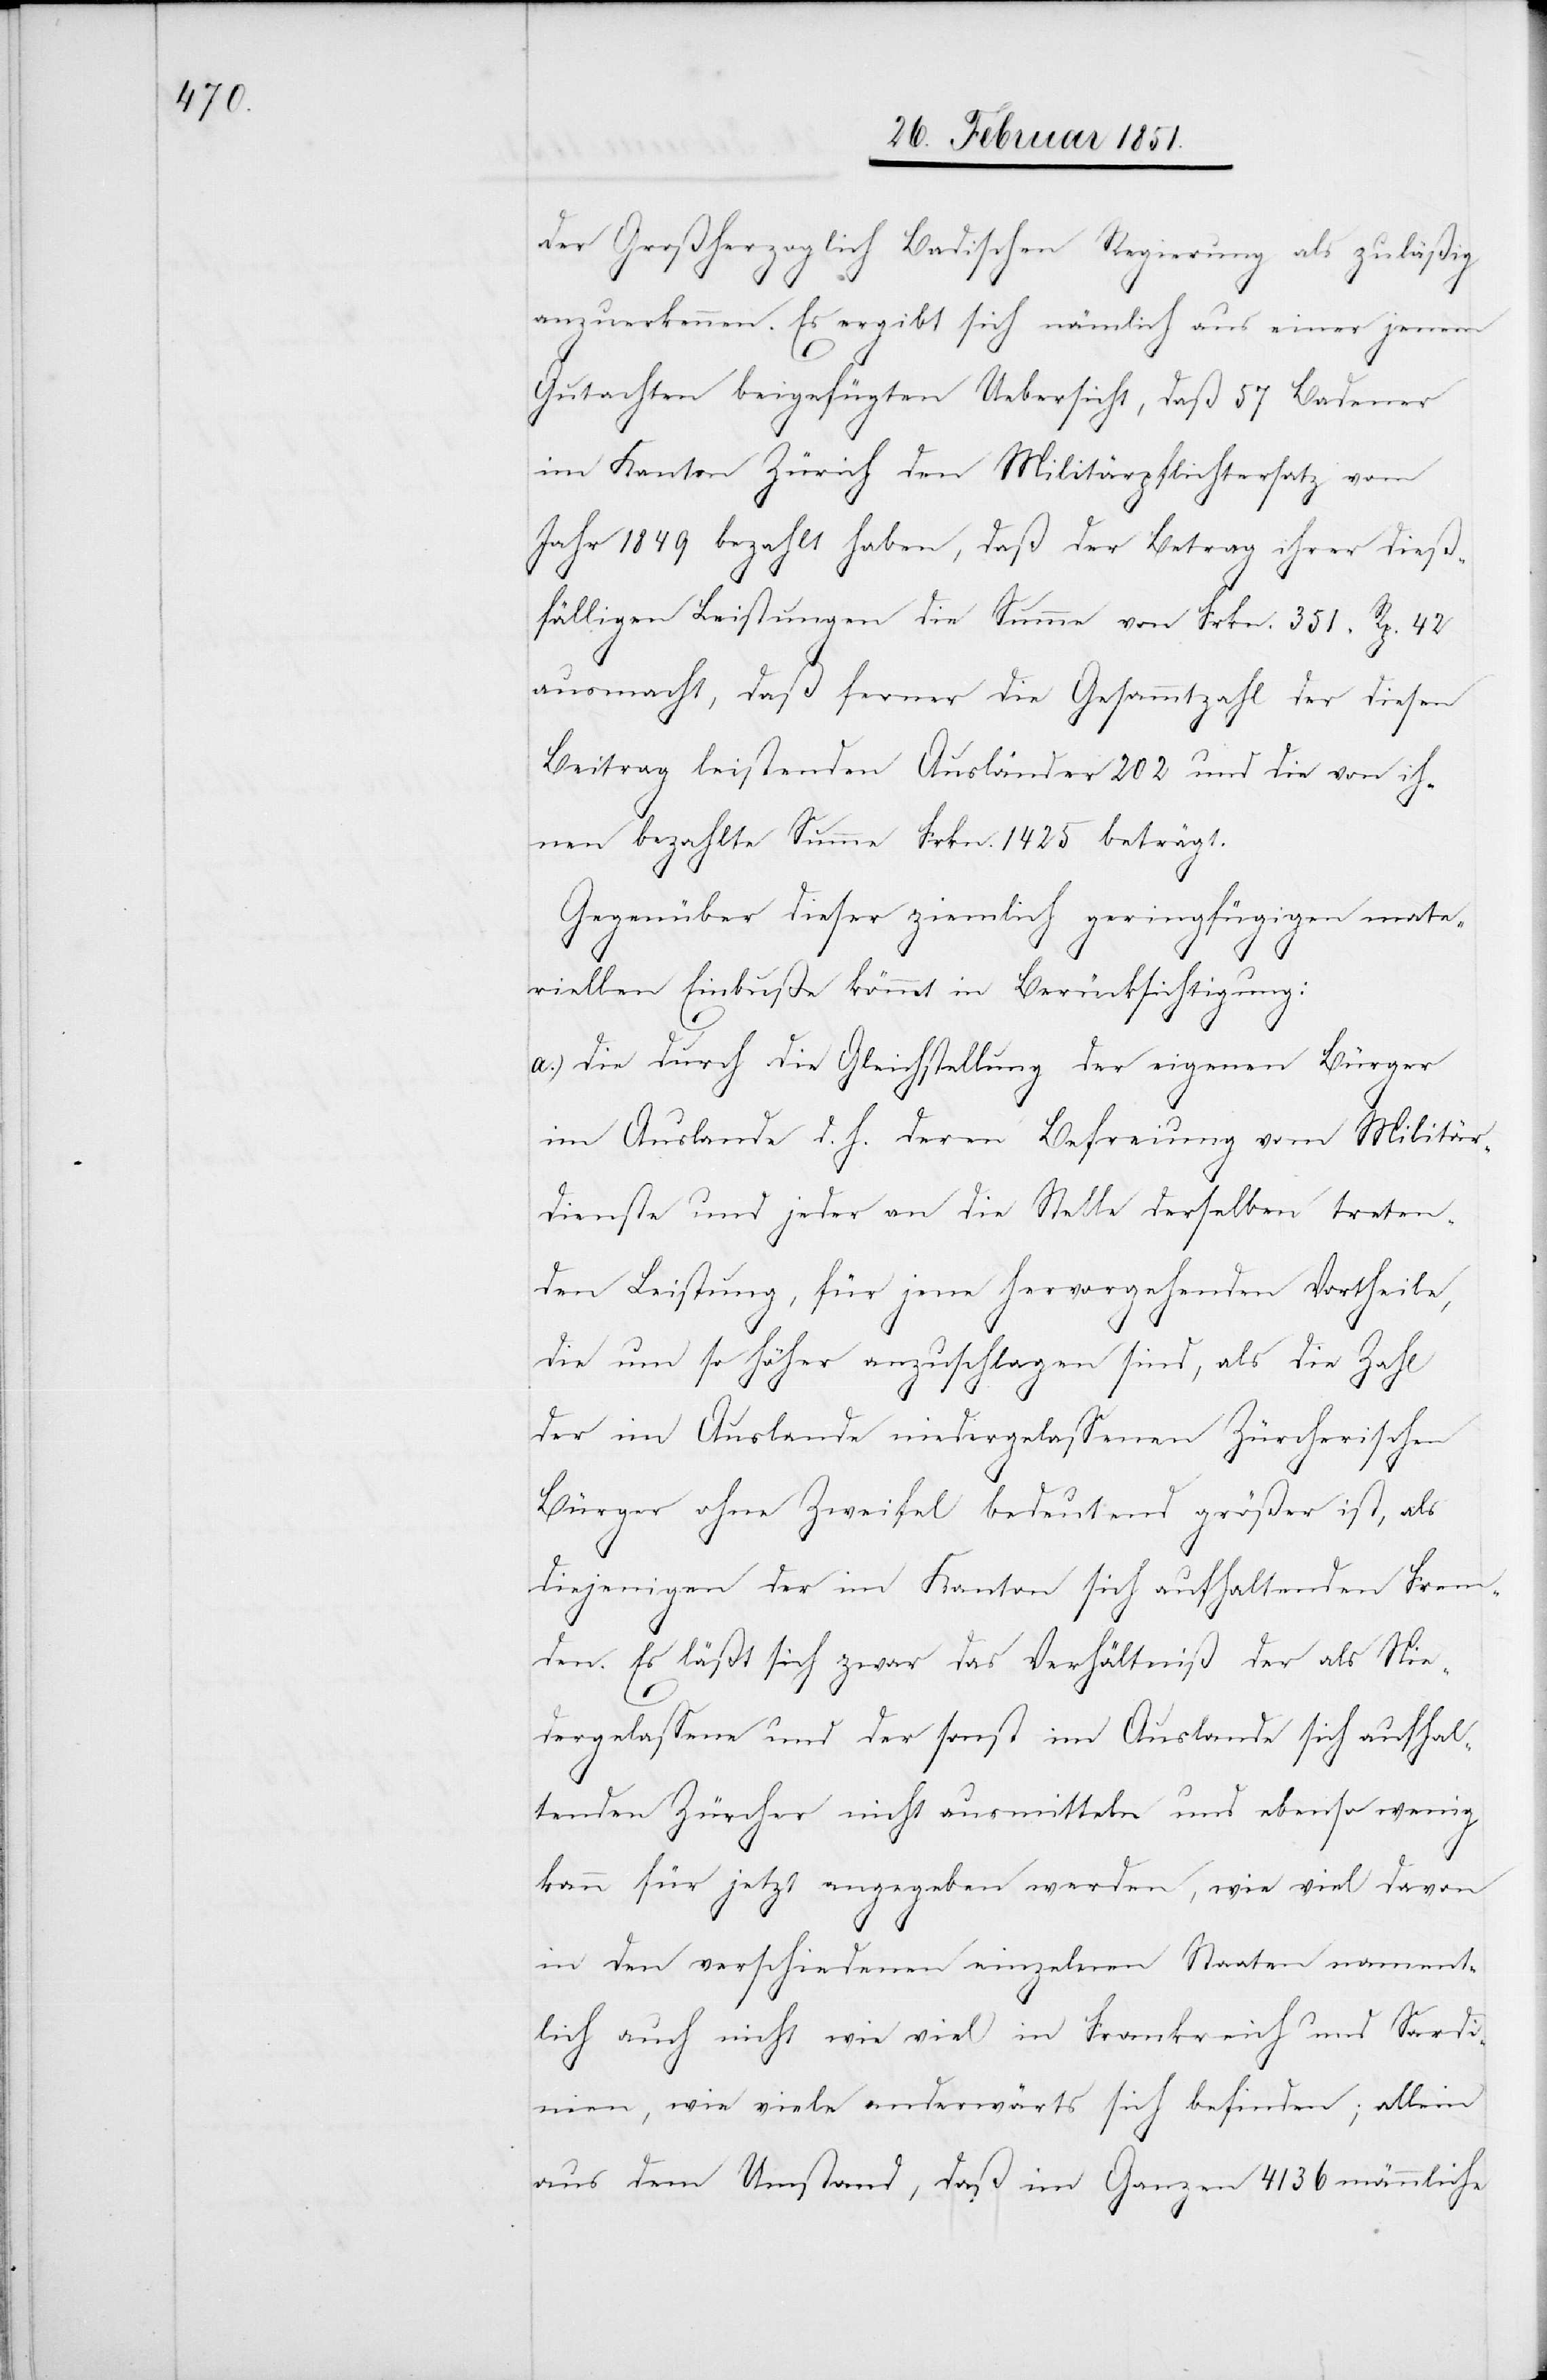
der Großherzoglich Badischen Regierung als zuläßig
anzuerkennen. Es ergibt sich nämlich aus einer jenem
Gutachten beigefügten Uebersicht, daß 57 Badener
im Kanton Zürich den Militärpflichtersatz vom
Jahr 1849 bezahlt haben, daß der Betrag ihrer dieß¬
fälligen Leistungen die Summe von Frkn. 351 Rp. 42
ausmacht, daß ferner die Gesammtzahl der diesen
Beitrag leistenden Ausländer 202 und die von ih¬
nen bezahlte Summe Frkn. 1425 beträgt.
Gegenüber dieser ziemlich geringfügigen mate¬
riellen Einbuße kömmt in Berücksichtigung:
a.) die durch die Gleichstellung der eigenen Bürger
im Auslande d. h. deren Befreiung vom Militär¬
dienste und jeder an die Stelle derselben treten¬
den Leistung, für jene hervorgehenden Vortheile,
die um so höher anzuschlagen sind, als die Zahl
der im Auslande niedergelassenen Zürcherischen
Bürger ohne Zweifel bedeutend größer ist, als
diejenigen der im Kanton sich aufhaltenden Frem¬
den. Es läßt sich zwar das Verhältniß der als Nie¬
dergelassene und der sonst im Auslande sich aufhal¬
tenden Zürcher nicht ausmitteln und ebenso wenig
kann für jetzt angegeben werden, wie viel davon
in den verschiedenen einzelnen Staaten nament¬
lich auch nicht wie viel in Frankreich und Sardi¬
nien, wie viele anderwärts sich befinden; allein
aus dem Umstand, daß im Ganzen 4136 männliche